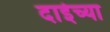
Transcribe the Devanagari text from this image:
दाईच्या